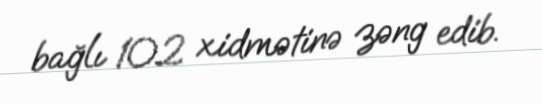
bağlı 102 xidmətinə zəng edib.